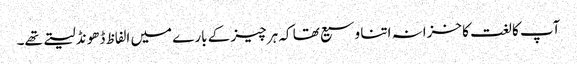
آپ کا لغت کا خزانہ اتنا وسیع تھا کہ ہر چیز کے بارے میں الفاظ ڈھونڈ لیتے تھے۔